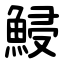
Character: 鮼